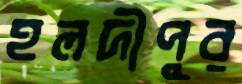
হলদীপুর